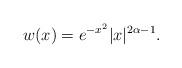
LaTeX: \begin{align*}w(x) = e^{-x^2} |x|^{2\alpha-1}.\end{align*}